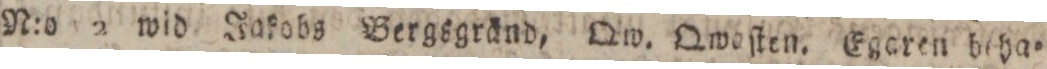
N:o 2 wid Jakobs Bergsgränd, Qw. Qwoſten. Egaren beha=